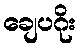
ချေပဂိုး